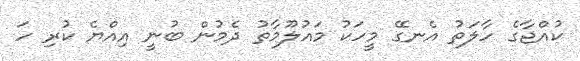
ކުއްޖާގެ ހާލަތު އެނގޭ މީހަކު މައުލޫމާތު ދެމުން ބުނީ އިއްޔެ ކުރި ހަ